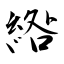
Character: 綹